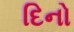
દિનો